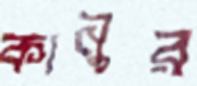
কানুর